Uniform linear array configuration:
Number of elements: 48
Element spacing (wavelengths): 0.25
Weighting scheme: kaiser
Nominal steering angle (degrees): -60
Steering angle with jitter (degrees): -60.09
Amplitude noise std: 0.05
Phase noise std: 0.05

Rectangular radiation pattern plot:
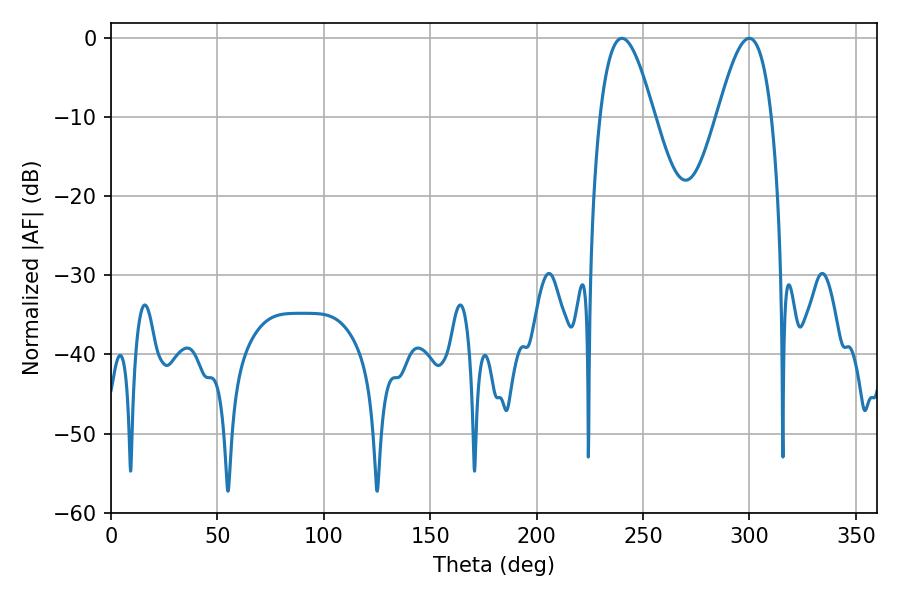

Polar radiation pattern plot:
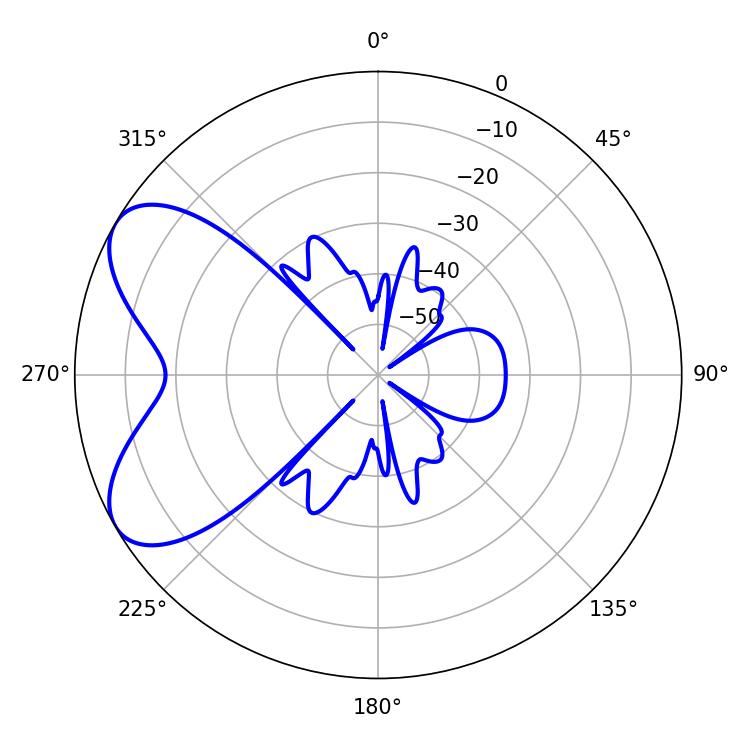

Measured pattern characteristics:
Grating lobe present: FALSE
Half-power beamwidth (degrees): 13.68
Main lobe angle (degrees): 240.12